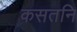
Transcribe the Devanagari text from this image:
कसतनि